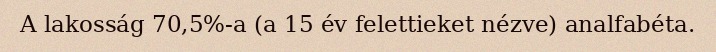
A lakosság 70,5%-a (a 15 év felettieket nézve) analfabéta.